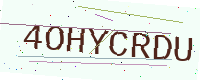
Text: 4OHYCRDU